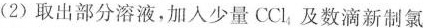
(2)取出部分溶液，加入少量CCl_{4}及数滴新制氯